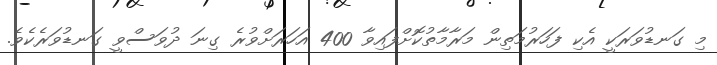
މި ގަނޑުވަރަކީ އެކި ފަހަރުމަތިން މަރާމާތުކޮށްފައިވާ 400 އަހަރަށްވުރެ ގިނަ ދުވަސްވީ ގަނޑުވަރެކެވެ.